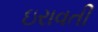
ઇરાવતી